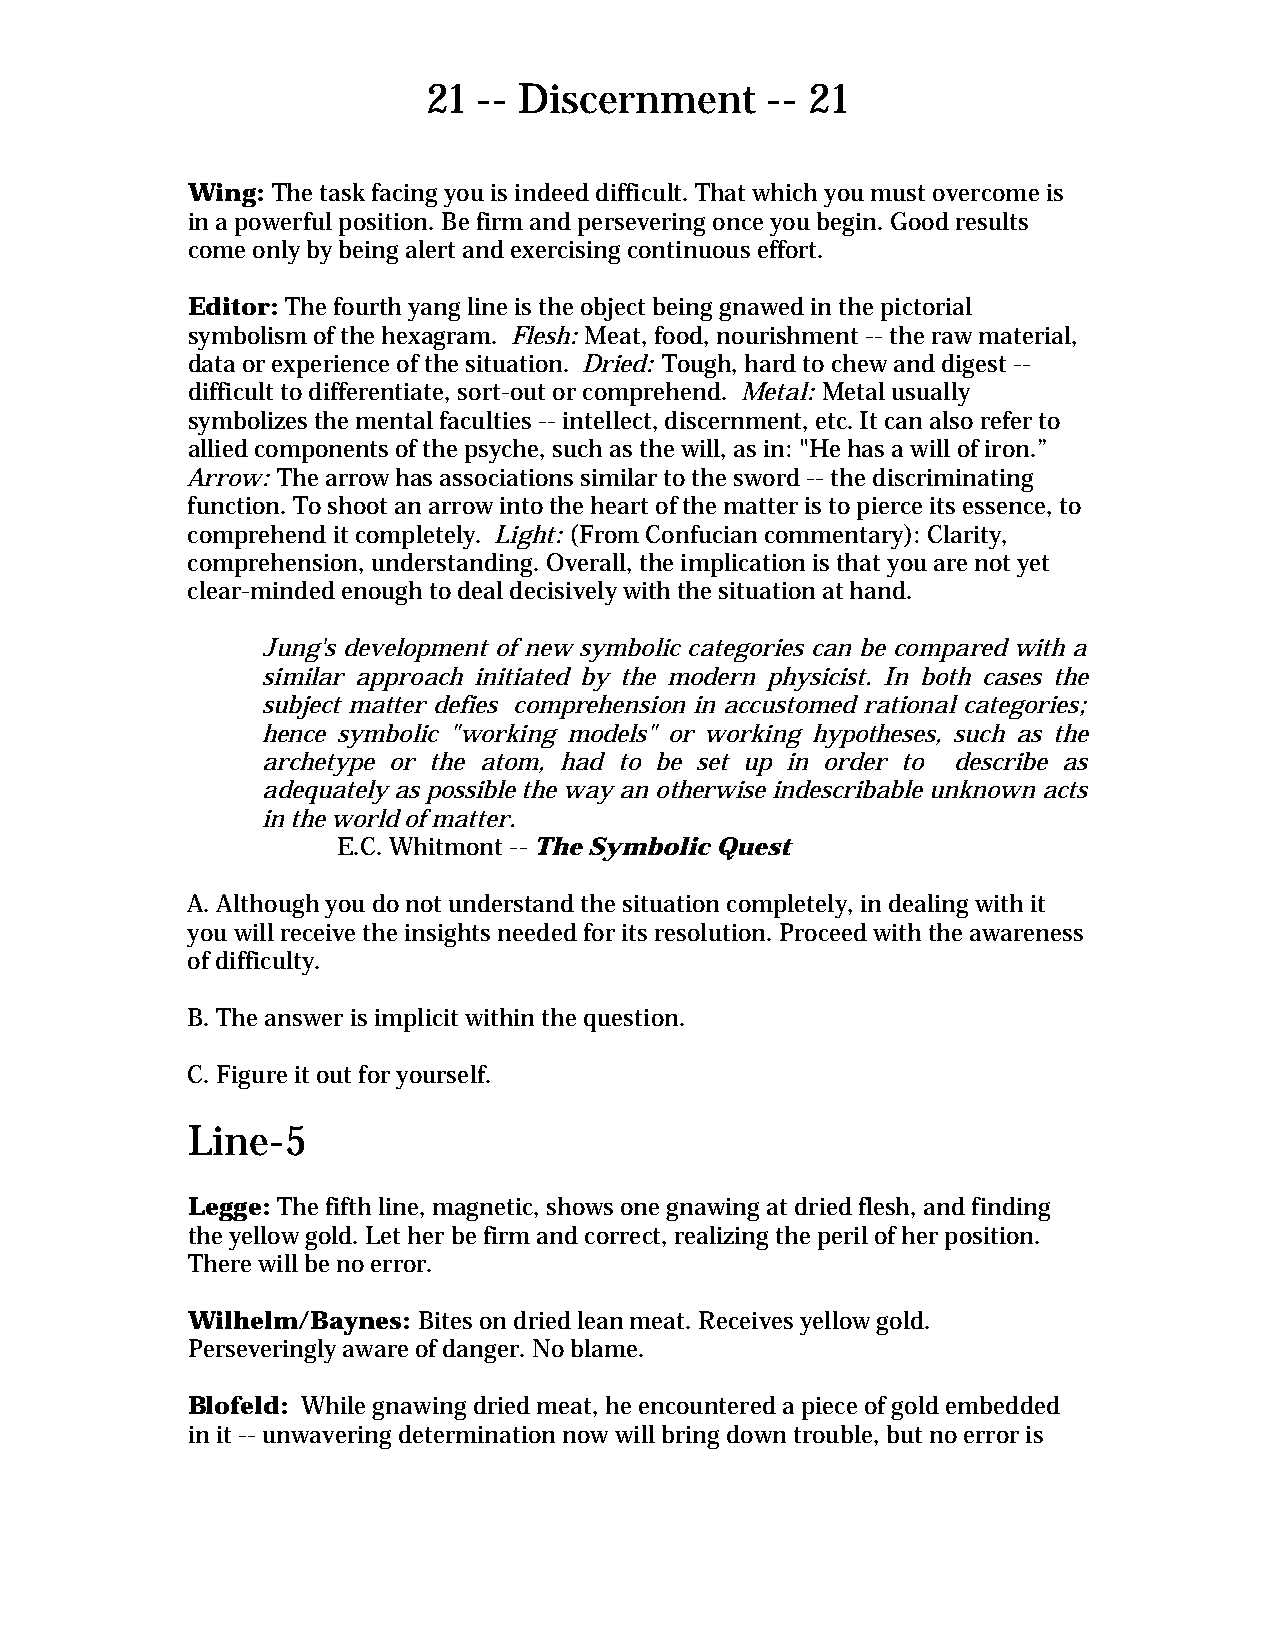
21  -- Discernment     -- 21
 Wing: The task facing you is indeed difficult. That which you must overcome is
 in a powerful position. Be firm and persevering once you begin. Good results
 come only by being alert and exercising continuous effort.
 Editor: The fourth yang line is the object being gnawed in the pictorial
 symbolism of the hexagram. Flesh: Meat, food, nourishment -- the raw material,
 data or experience of the situation. Dried: Tough, hard to chew and digest --
 difficult to differentiate, sort-out or comprehend. Metal: Metal usually
 symbolizes the mental faculties -- intellect, discernment, etc. It can also refer to
 allied components of the psyche, such as the will, as in: "He has a will of iron.”
 Arrow: The arrow has associations similar to the sword -- the discriminating
 function. To shoot an arrow into the heart of the matter is to pierce its essence, to
 comprehend it completely. Light: (From Confucian commentary): Clarity,
 comprehension, understanding. Overall, the implication is that you are not yet
 clear-minded enough to deal decisively with the situation at hand.
 Jung's development of new symbolic categories can be compared with a
 similar approach initiated by the modern physicist. In both cases the
 subject matter defies comprehension in accustomed rational categories;
 hence symbolic "working models" or working hypotheses, such as the
 archetype or the atom, had to be set up in order to describe as
 adequately as possible the way an otherwise indescribable unknown acts
 in the world of matter.
 E.C. Whitmont -- The Symbolic Quest
 A. Although you do not understand the situation completely, in dealing with it
 you will receive the insights needed for its resolution. Proceed with the awareness
 of difficulty.
 B. The answer is implicit within the question.
 C. Figure it out for yourself.
 Line-5
 Legge: The fifth line, magnetic, shows one gnawing at dried flesh, and finding
 the yellow gold. Let her be firm and correct, realizing the peril of her position.
 There will be no error.
 Wilhelm/Baynes: Bites on dried lean meat. Receives yellow gold.
 Perseveringly aware of danger. No blame.
 Blofeld: While gnawing dried meat, he encountered a piece of gold embedded
 in it -- unwavering determination now will bring down trouble, but no error is